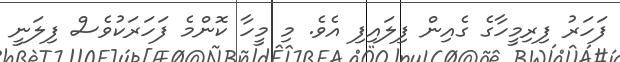
ފަހަރު ފިރިމީހާގެ ގެއިން ފިލައިފި އެވެ. މި މީހާ ކޮންމެ ފަހަރަކުވެސް ފިލަނީ